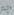
لم